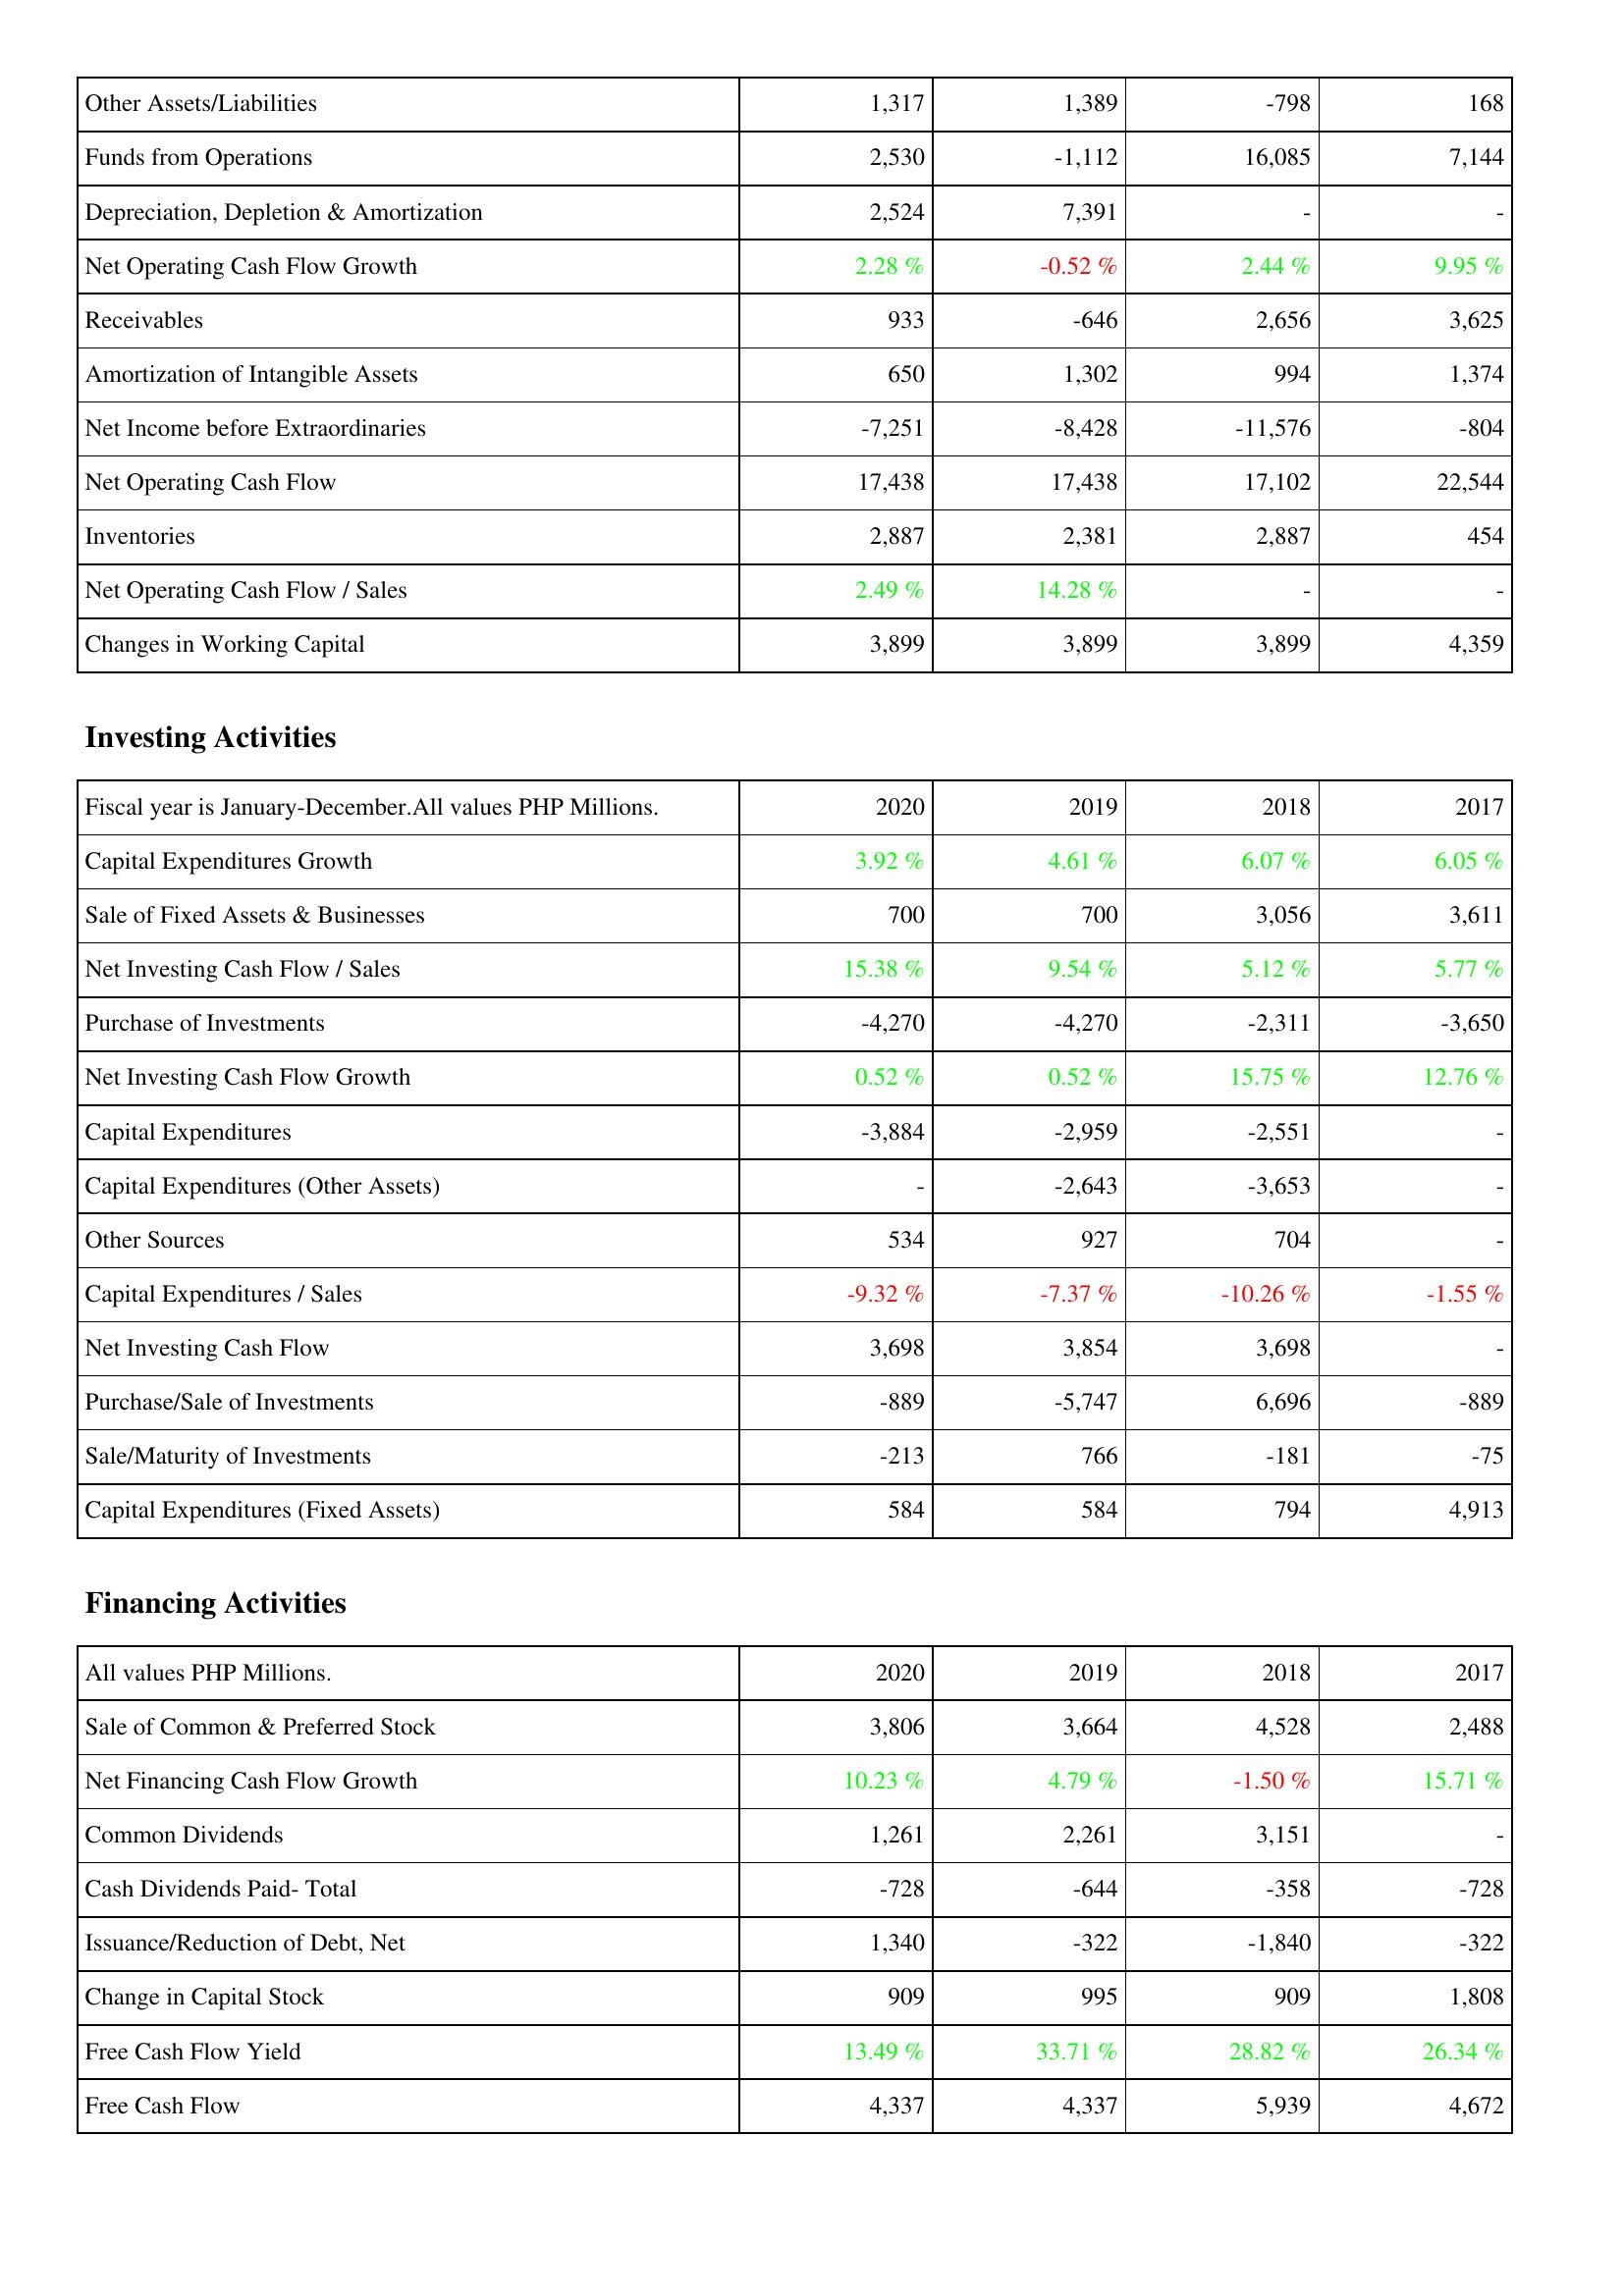
2020: Operating Activities: Other Assets/Liabilities: 1,317
Funds from Operations: 2,530
Depreciation, Depletion & Amortization: 2,524
Net Operating Cash Flow Growth: 2.28 %
Receivables: 933
Amortization of Intangible Assets: 650
Net Income before Extraordinaries: -7,251
Net Operating Cash Flow: 17,438
Inventories: 2,887
Net Operating Cash Flow / Sales: 2.49 %
Changes in Working Capital: 3,899
Investing Activities: Capital Expenditures Growth: 3.92 %
Sale of Fixed Assets & Businesses: 700
Net Investing Cash Flow / Sales: 15.38 %
Purchase of Investments: -4,270
Net Investing Cash Flow Growth: 0.52 %
Capital Expenditures: -3,884
Capital Expenditures (Other Assets): -
Other Sources: 534
Capital Expenditures / Sales: -9.32 %
Net Investing Cash Flow: 3,698
Purchase/Sale of Investments: -889
Sale/Maturity of Investments: -213
Capital Expenditures (Fixed Assets): 584
Financing Activities: Sale of Common & Preferred Stock: 3,806
Net Financing Cash Flow Growth: 10.23 %
Common Dividends: 1,261
Cash Dividends Paid- Total: -728
Issuance/Reduction of Debt, Net: 1,340
Change in Capital Stock: 909
Free Cash Flow Yield: 13.49 %
Free Cash Flow: 4,337
2019: Operating Activities: Other Assets/Liabilities: 1,389
Funds from Operations: -1,112
Depreciation, Depletion & Amortization: 7,391
Net Operating Cash Flow Growth: -0.52 %
Receivables: -646
Amortization of Intangible Assets: 1,302
Net Income before Extraordinaries: -8,428
Net Operating Cash Flow: 17,438
Inventories: 2,381
Net Operating Cash Flow / Sales: 14.28 %
Changes in Working Capital: 3,899
Investing Activities: Capital Expenditures Growth: 4.61 %
Sale of Fixed Assets & Businesses: 700
Net Investing Cash Flow / Sales: 9.54 %
Purchase of Investments: -4,270
Net Investing Cash Flow Growth: 0.52 %
Capital Expenditures: -2,959
Capital Expenditures (Other Assets): -2,643
Other Sources: 927
Capital Expenditures / Sales: -7.37 %
Net Investing Cash Flow: 3,854
Purchase/Sale of Investments: -5,747
Sale/Maturity of Investments: 766
Capital Expenditures (Fixed Assets): 584
Financing Activities: Sale of Common & Preferred Stock: 3,664
Net Financing Cash Flow Growth: 4.79 %
Common Dividends: 2,261
Cash Dividends Paid- Total: -644
Issuance/Reduction of Debt, Net: -322
Change in Capital Stock: 995
Free Cash Flow Yield: 33.71 %
Free Cash Flow: 4,337
2018: Operating Activities: Other Assets/Liabilities: -798
Funds from Operations: 16,085
Depreciation, Depletion & Amortization: -
Net Operating Cash Flow Growth: 2.44 %
Receivables: 2,656
Amortization of Intangible Assets: 994
Net Income before Extraordinaries: -11,576
Net Operating Cash Flow: 17,102
Inventories: 2,887
Net Operating Cash Flow / Sales: -
Changes in Working Capital: 3,899
Investing Activities: Capital Expenditures Growth: 6.07 %
Sale of Fixed Assets & Businesses: 3,056
Net Investing Cash Flow / Sales: 5.12 %
Purchase of Investments: -2,311
Net Investing Cash Flow Growth: 15.75 %
Capital Expenditures: -2,551
Capital Expenditures (Other Assets): -3,653
Other Sources: 704
Capital Expenditures / Sales: -10.26 %
Net Investing Cash Flow: 3,698
Purchase/Sale of Investments: 6,696
Sale/Maturity of Investments: -181
Capital Expenditures (Fixed Assets): 794
Financing Activities: Sale of Common & Preferred Stock: 4,528
Net Financing Cash Flow Growth: -1.50 %
Common Dividends: 3,151
Cash Dividends Paid- Total: -358
Issuance/Reduction of Debt, Net: -1,840
Change in Capital Stock: 909
Free Cash Flow Yield: 28.82 %
Free Cash Flow: 5,939
2017: Operating Activities: Other Assets/Liabilities: 168
Funds from Operations: 7,144
Depreciation, Depletion & Amortization: -
Net Operating Cash Flow Growth: 9.95 %
Receivables: 3,625
Amortization of Intangible Assets: 1,374
Net Income before Extraordinaries: -804
Net Operating Cash Flow: 22,544
Inventories: 454
Net Operating Cash Flow / Sales: -
Changes in Working Capital: 4,359
Investing Activities: Capital Expenditures Growth: 6.05 %
Sale of Fixed Assets & Businesses: 3,611
Net Investing Cash Flow / Sales: 5.77 %
Purchase of Investments: -3,650
Net Investing Cash Flow Growth: 12.76 %
Capital Expenditures: -
Capital Expenditures (Other Assets): -
Other Sources: -
Capital Expenditures / Sales: -1.55 %
Net Investing Cash Flow: -
Purchase/Sale of Investments: -889
Sale/Maturity of Investments: -75
Capital Expenditures (Fixed Assets): 4,913
Financing Activities: Sale of Common & Preferred Stock: 2,488
Net Financing Cash Flow Growth: 15.71 %
Common Dividends: -
Cash Dividends Paid- Total: -728
Issuance/Reduction of Debt, Net: -322
Change in Capital Stock: 1,808
Free Cash Flow Yield: 26.34 %
Free Cash Flow: 4,672